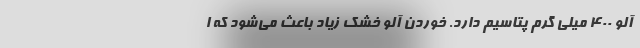
آلو ۴۰۰ میلی گرم پتاسیم دارد. خوردن آلو خشک زیاد باعث می‌شود که ا